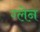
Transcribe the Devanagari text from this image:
ग्‍लेन